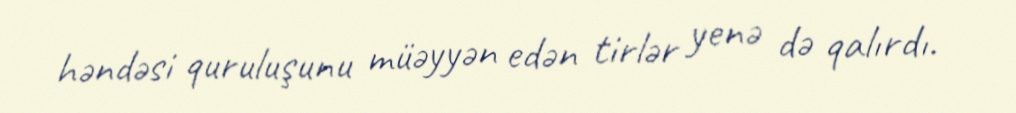
həndəsi quruluşunu müəyyən edən tirlər yenə də qalırdı.